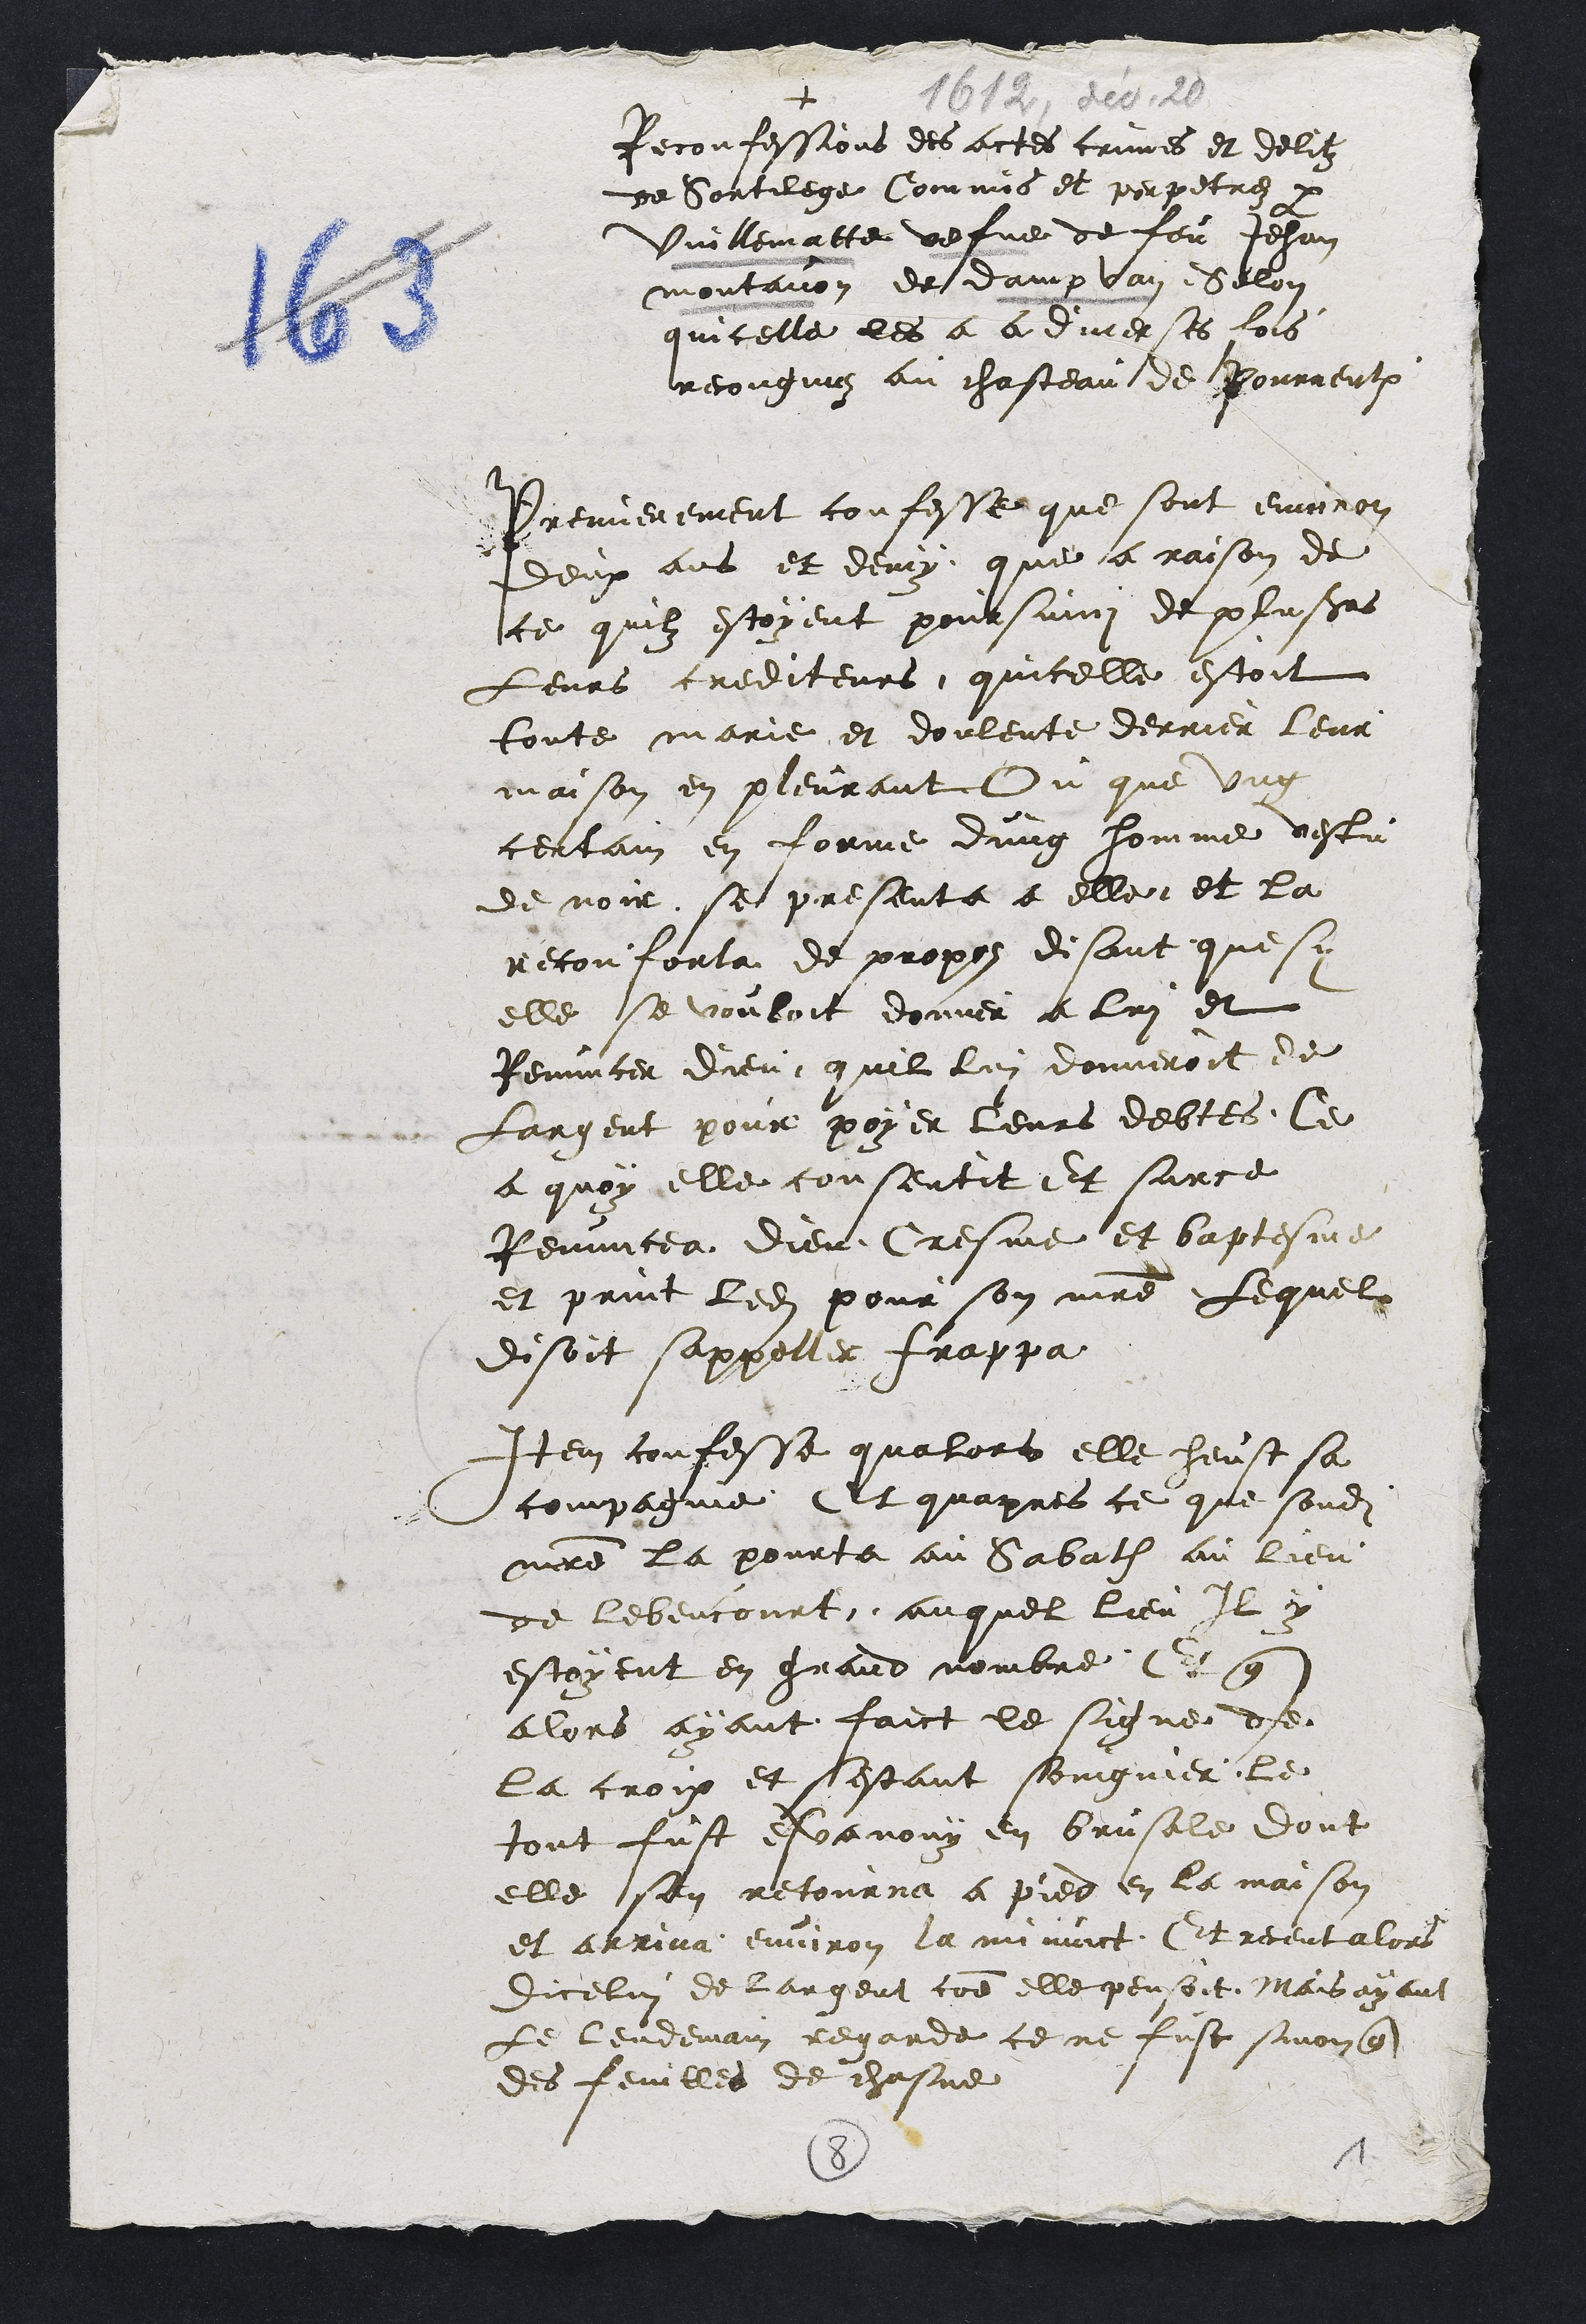
+
Reconfessions des actes crimes et delitz
de Sortilege Commis et perpetrez par
Vuillematte vefve de feu Jehan
montavon de dampvan Selon
quicelle les a a diverses fois
recongnuz au chasteau de Pourrentruy
Premierement confesse que sont environ
deux ans et demy que a raison de
ce quilz estoyent poursuivi de plusieurs
Leurs crediteurs quicelle estoit
toute marie et doulente derrier leur
maison en pleurant Ou que ung
certain en forme dung homme vestu
de noir se presenta a elle, et la
reconforta de propos disant que sy
elle se vouloit donner a lui et
Renuncer dieu quil lui donneroit de
Largent pour poyer leurs debtes Ce
a quoy elle consentit Et surce
Renuncea dieu Cresme et baptesme
et print ledit pour son maitre Lequel
disoit sappelle Frappa
Item confesse qualors elle heust sa
compagnie Et quapres ce que sondit
maitre la pourta au Sabath au lieu
de Lebencourt auquel lieu Il y
estoyent en grand nombre Et que
alors ayant faict le signe de
la croix et sestant soingnier le
tout fust esvanouy en brusale dont
elle sen retourna a pies en la maison
et arrira environ la minuit Et receut alors
dicelui de largent comme elle pensoit Mais ayant
Le lendemain regarde ce ne fust sinon que
des feuilles de chasne